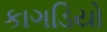
કાગડિયો